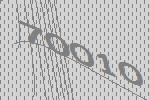
70010